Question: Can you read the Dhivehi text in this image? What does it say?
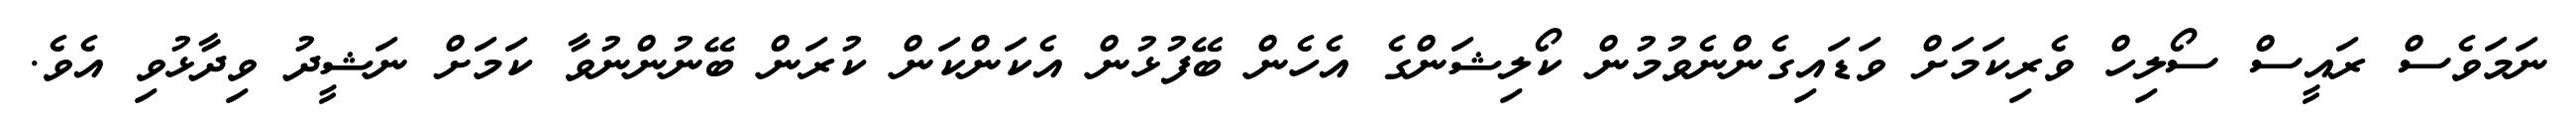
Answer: ނަމަވެސް ރައީސް ސޯލިހް ވެރިކަމަށް ވަޑައިގެންނެވުމުން ކޯލިޝަންގެ އެހެން ބޭފުޅުން އެކަންކަން ކުރަން ބޭނުންނުވާ ކަމަށް ނަޝީދު ވިދާޅުވި އެވެ.